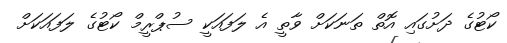
ކޯޓުގެ ދަށުގައި އޮތް ތަނަކަށް ވާތީ އެ ލަފައަކީ ސުޕްރީމް ކޯޓުގެ ލަފައަކަށް